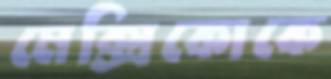
মেক্সিকোকে